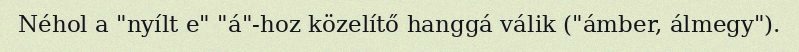
Néhol a "nyílt e" "á"-hoz közelítő hanggá válik ("ámber, álmegy").